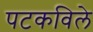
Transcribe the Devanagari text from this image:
पटकविले